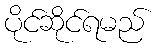
ပိုင်ဆိုင်ရမည်